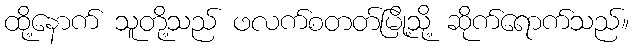
ထို့နောက် သူတို့သည် ဖလက်စတတ်မြို့သို့ ဆိုက်ရောက်သည်။